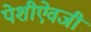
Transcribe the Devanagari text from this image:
पेशीऐवजी